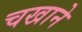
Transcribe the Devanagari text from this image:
चखाने